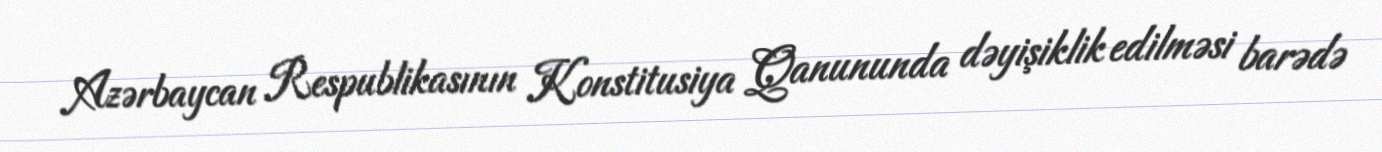
Azərbaycan Respublikasının Konstitusiya Qanununda dəyişiklik edilməsi barədə